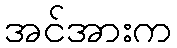
အင်အားက